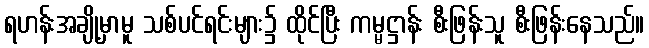
ရဟန်းအချို့မှာမူ သစ်ပင်ရင်းများ၌ ထိုင်ပြီး ကမ္မဋ္ဌာန်း စီးဖြန်းသူ စီးဖြန်းနေသည်။